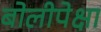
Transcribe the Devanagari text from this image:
बोलीपेक्षा